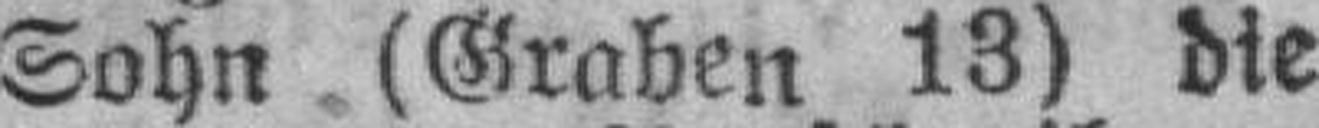
Sohn (Graben 13) die